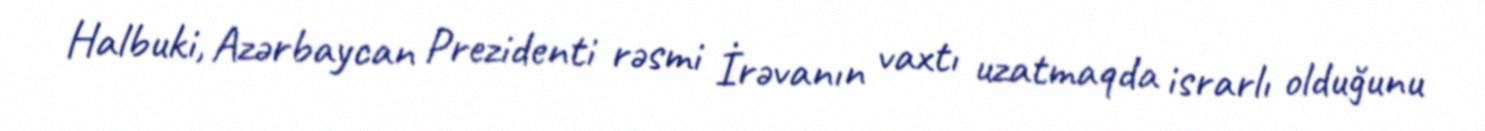
Halbuki, Azərbaycan Prezidenti rəsmi İrəvanın vaxtı uzatmaqda israrlı olduğunu